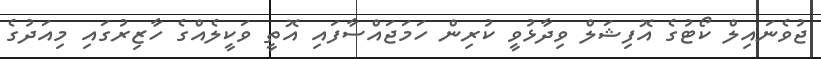
ޖުވެނައިލް ކޯޓުގެ އޮފިޝަލް ވިދާޅުވީ ކުރިން ހަމަޖައްސާފައި އޮތީ ވަކީލެއްގެ ހާޒިރުގައި މިއަދުގެ